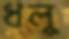
ধলু